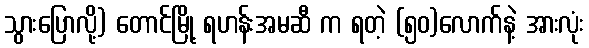
သွားပြောလို့) တောင်မြို့ ရဟန်းအမဆီ က ရတဲ့ (၅၀)လောက်နဲ့ အားလုံး